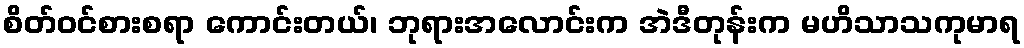
စိတ်ဝင်စားစရာ ကောင်းတယ်၊ ဘုရားအလောင်းက အဲဒီတုန်းက မဟိသာသကုမာရ